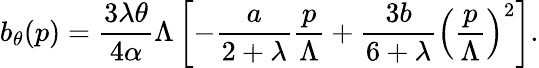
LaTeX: b_{\theta}(p)={\frac{3\lambda\theta}{4\alpha}}\Lambda\left[-{\frac{a}{2+\lambda}}{\frac{p}{\Lambda}}+{\frac{3b}{6+\lambda}}\left({\frac{p}{\Lambda}}\right)^{2}\right].